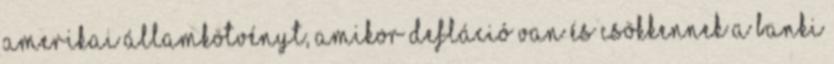
amerikai államkötvényt, amikor defláció van és csökkennek a banki